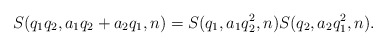
\begin{align*}S(q_1q_2,a_1q_2+a_2q_1,n)=S(q_1,a_1q_2^2,n)S(q_2,a_2q_1^2,n).\end{align*}